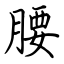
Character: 腰